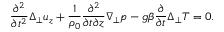
\frac { \partial ^ { 2 } } { \partial t ^ { 2 } } \Delta _ { \perp } u _ { z } + \frac { 1 } { \rho _ { 0 } } \frac { \partial ^ { 2 } } { \partial t \partial z } \nabla _ { \perp } p - g \beta \frac { \partial } { \partial t } \Delta _ { \perp } T = 0 .